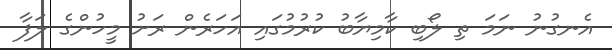
އެނގުނު ނަމަ ތި ލޯބި ކާމިޔާބު ކުރުމުގައި އަހަރެން ރަށު މީހުންގެ ލަފާ